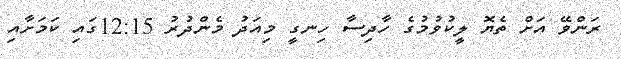
ރަންވޭ އަށް ތެޔޮ ލީކުވުމުގެ ހާދިސާ ހިނގީ މިއަދު މެންދުރު 12:15ގައި ކަމަށާއި